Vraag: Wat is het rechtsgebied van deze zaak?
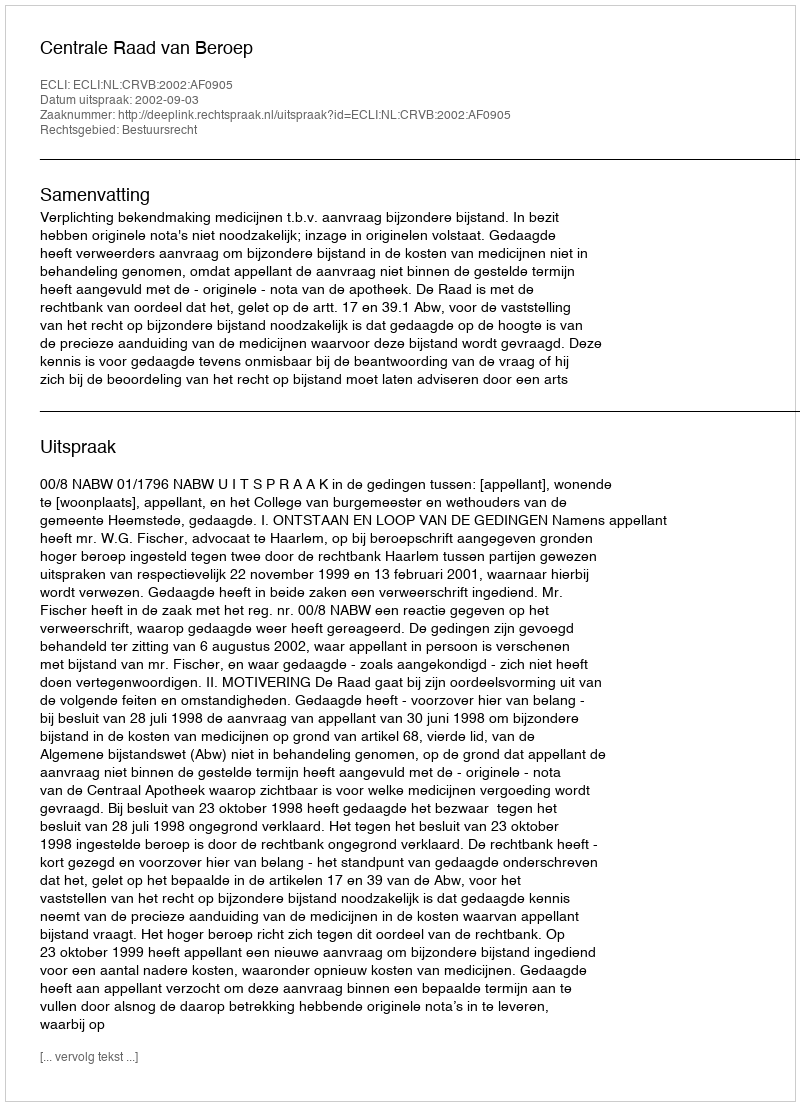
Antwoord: Bestuursrecht